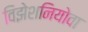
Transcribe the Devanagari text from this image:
विझेशनियोवा